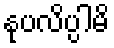
နုပလိပ္ပါမိ